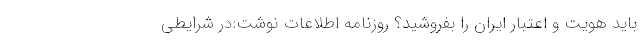
باید هویت و اعتبار ایران را بفروشید؟ روزنامه اطلاعات نوشت:در شرایطی